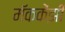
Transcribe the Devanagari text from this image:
मॅककेंझी